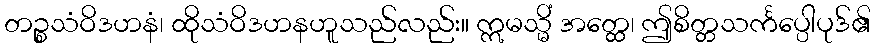
တဉ္စသံဝိဒဟနံ၊ ထိုသံဝိဒဟနဟူသည်လည်း။ ဣမသ္မိံ အတ္ထေ၊ ဤစိတ္တသင်္ကပ္ပေါပုဒ်၏